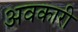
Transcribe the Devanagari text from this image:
अवकारी